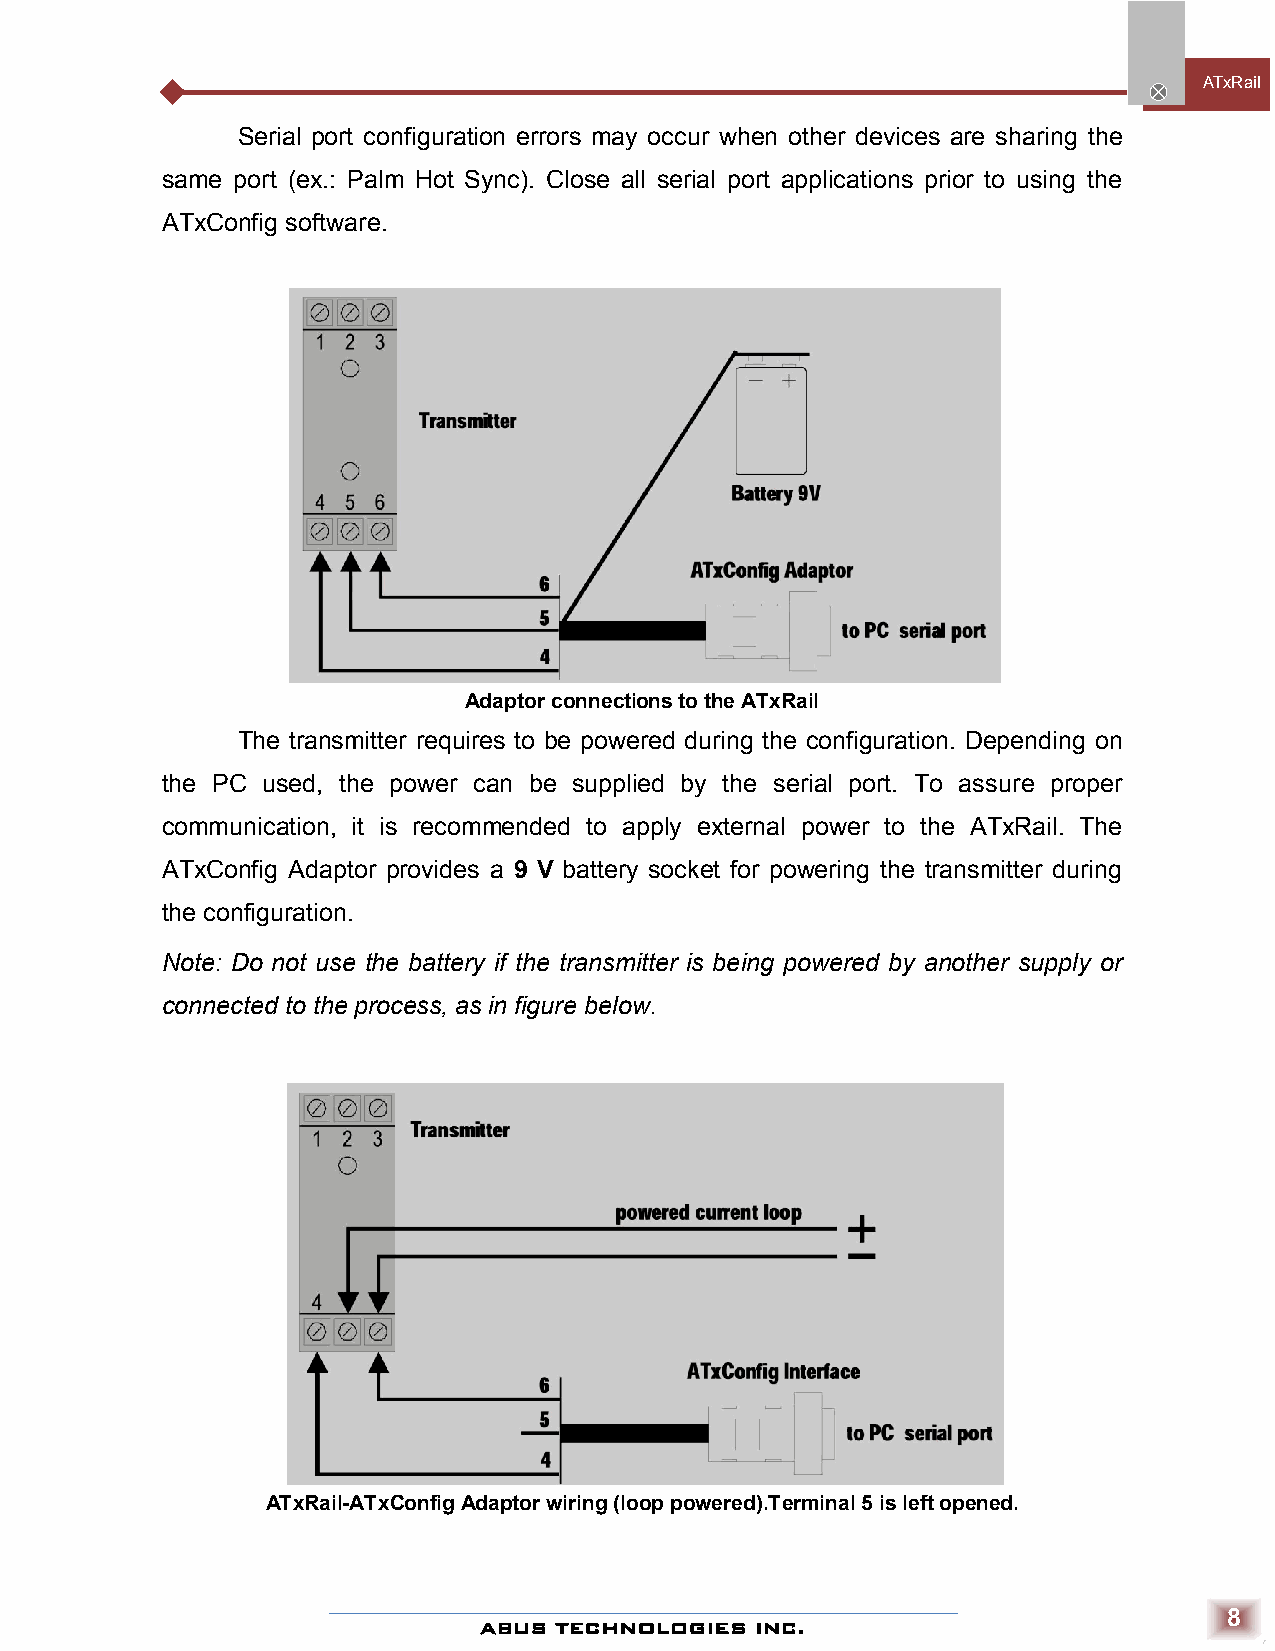
ATxRai l
 Serial port configuration errors may occur when other devices are sharing the
 same port (ex.: Palm Hot Sync). Close all serial port applications prior to using the
 ATxConfig software.
 Adaptor connections to the ATxRail
 The transmitter requires to be powered during the configuration. Depending on
 the PC used, the power can be supplied by the serial port. To assure proper
 communication, it is recommended to apply external power to the ATxRail. The
 ATxConfig Adaptor provides a 9 V battery socket for powering the transmitter during
 the configuration.
 Note: Do not use the battery if the transmitter is being powered by another supply or
 connected to the process, as in figure below.
 ATxRail-ATxConfig Adaptor wiring (loop powered).Terminal 5 is left opened.
 8
 ABUS TECHNOLOGIES INC.